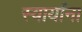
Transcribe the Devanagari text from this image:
स्वार्यांना